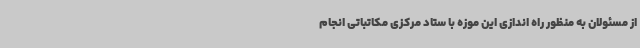
از مسئولان به منظور راه اندازی این موزه با ستاد مرکزی مکاتباتی انجام